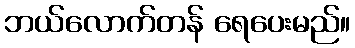
ဘယ်လောက်တန် ရေပေးမည်။